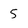
Character: 5